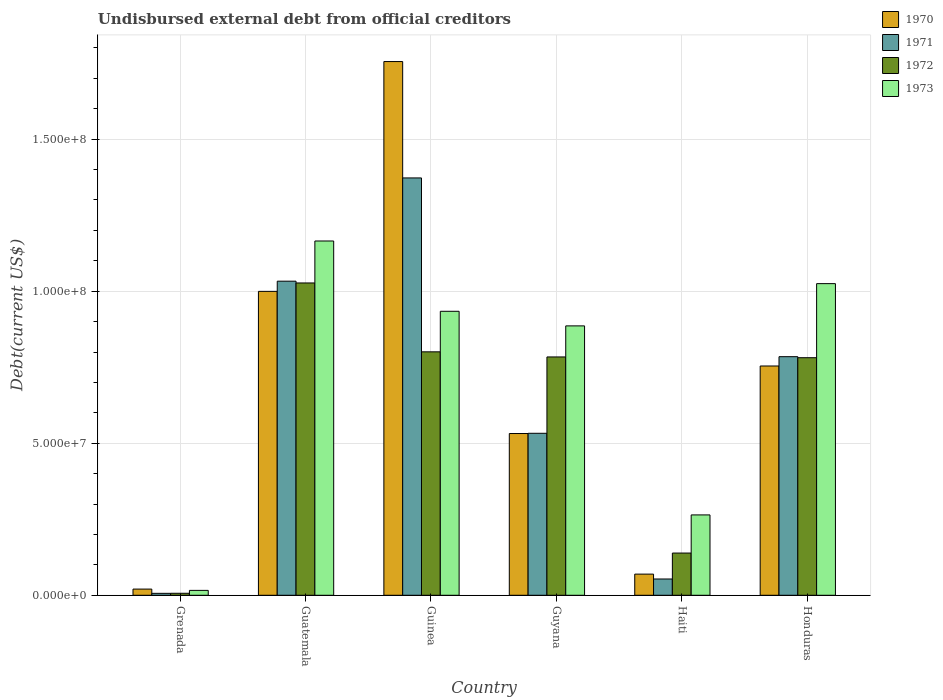
| Country | 1970 | 1971 | 1972 | 1973 |
 | --- | --- | --- | --- | --- |
 | Grenada | 2.04e+06 | 6.39e+05 | 6.57e+05 | 1.61e+06 |
 | Guatemala | 9.99e+07 | 1.03e+08 | 1.03e+08 | 1.17e+08 |
 | Guinea | 1.76e+08 | 1.37e+08 | 8.01e+07 | 9.34e+07 |
 | Guyana | 5.32e+07 | 5.33e+07 | 7.84e+07 | 8.86e+07 |
 | Haiti | 6.96e+06 | 5.35e+06 | 1.39e+07 | 2.64e+07 |
 | Honduras | 7.54e+07 | 7.85e+07 | 7.81e+07 | 1.02e+08 |